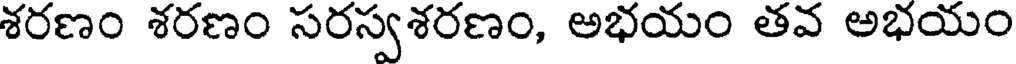
శరణం శరణం సరస్వశరణం, అభయం తవ అభయం